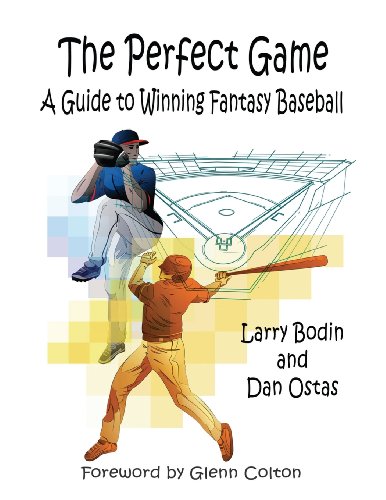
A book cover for The Perfect Game: A Guide to Winning Fantasy Baseball; Larry Bodin; Humor & Entertainment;